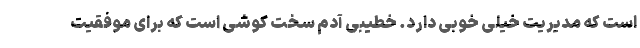
است که مدیریت خیلی خوبی دارد. خطیبی آدم سخت کوشی است که برای موفقیت